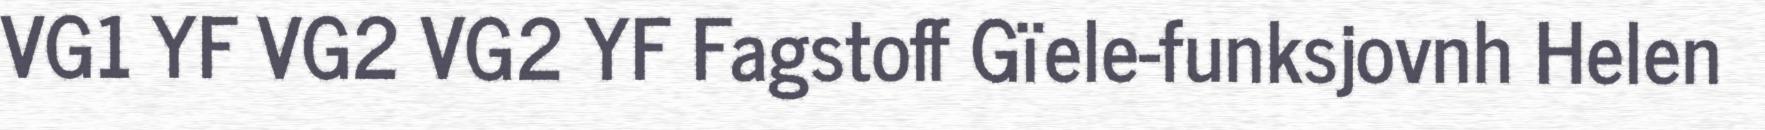
VG1 YF VG2 VG2 YF Fagstoff Gïele-funksjovnh Helen